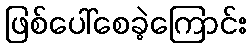
ဖြစ်ပေါ်စေခဲ့ကြောင်း